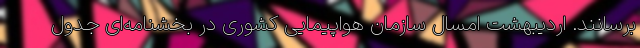
برسانند. اردیبهشت امسال سازمان هواپیمایی کشوری در بخشنامه‌ای جدول